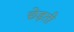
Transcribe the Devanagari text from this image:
छेड़ती